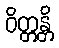
ဝိတ္တန္တိ